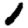
Digit: 1